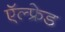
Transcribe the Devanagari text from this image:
ऍल्फ्रेड